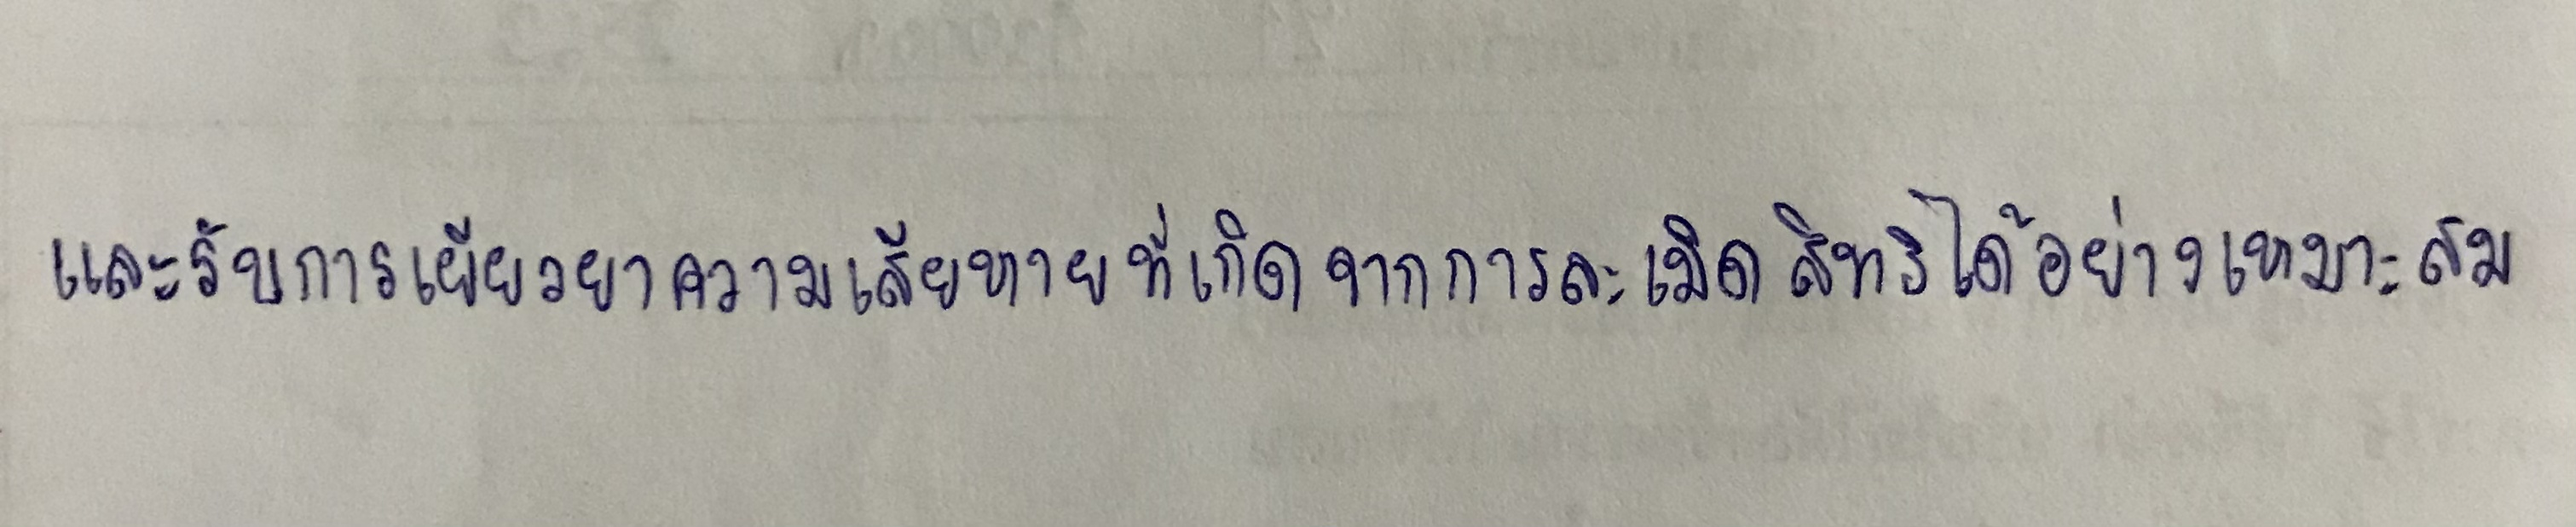
และรับการเยียวยาความเสียหายที่เกิดจากการละเมิดสิทธิได้อย่างเหมาะสม